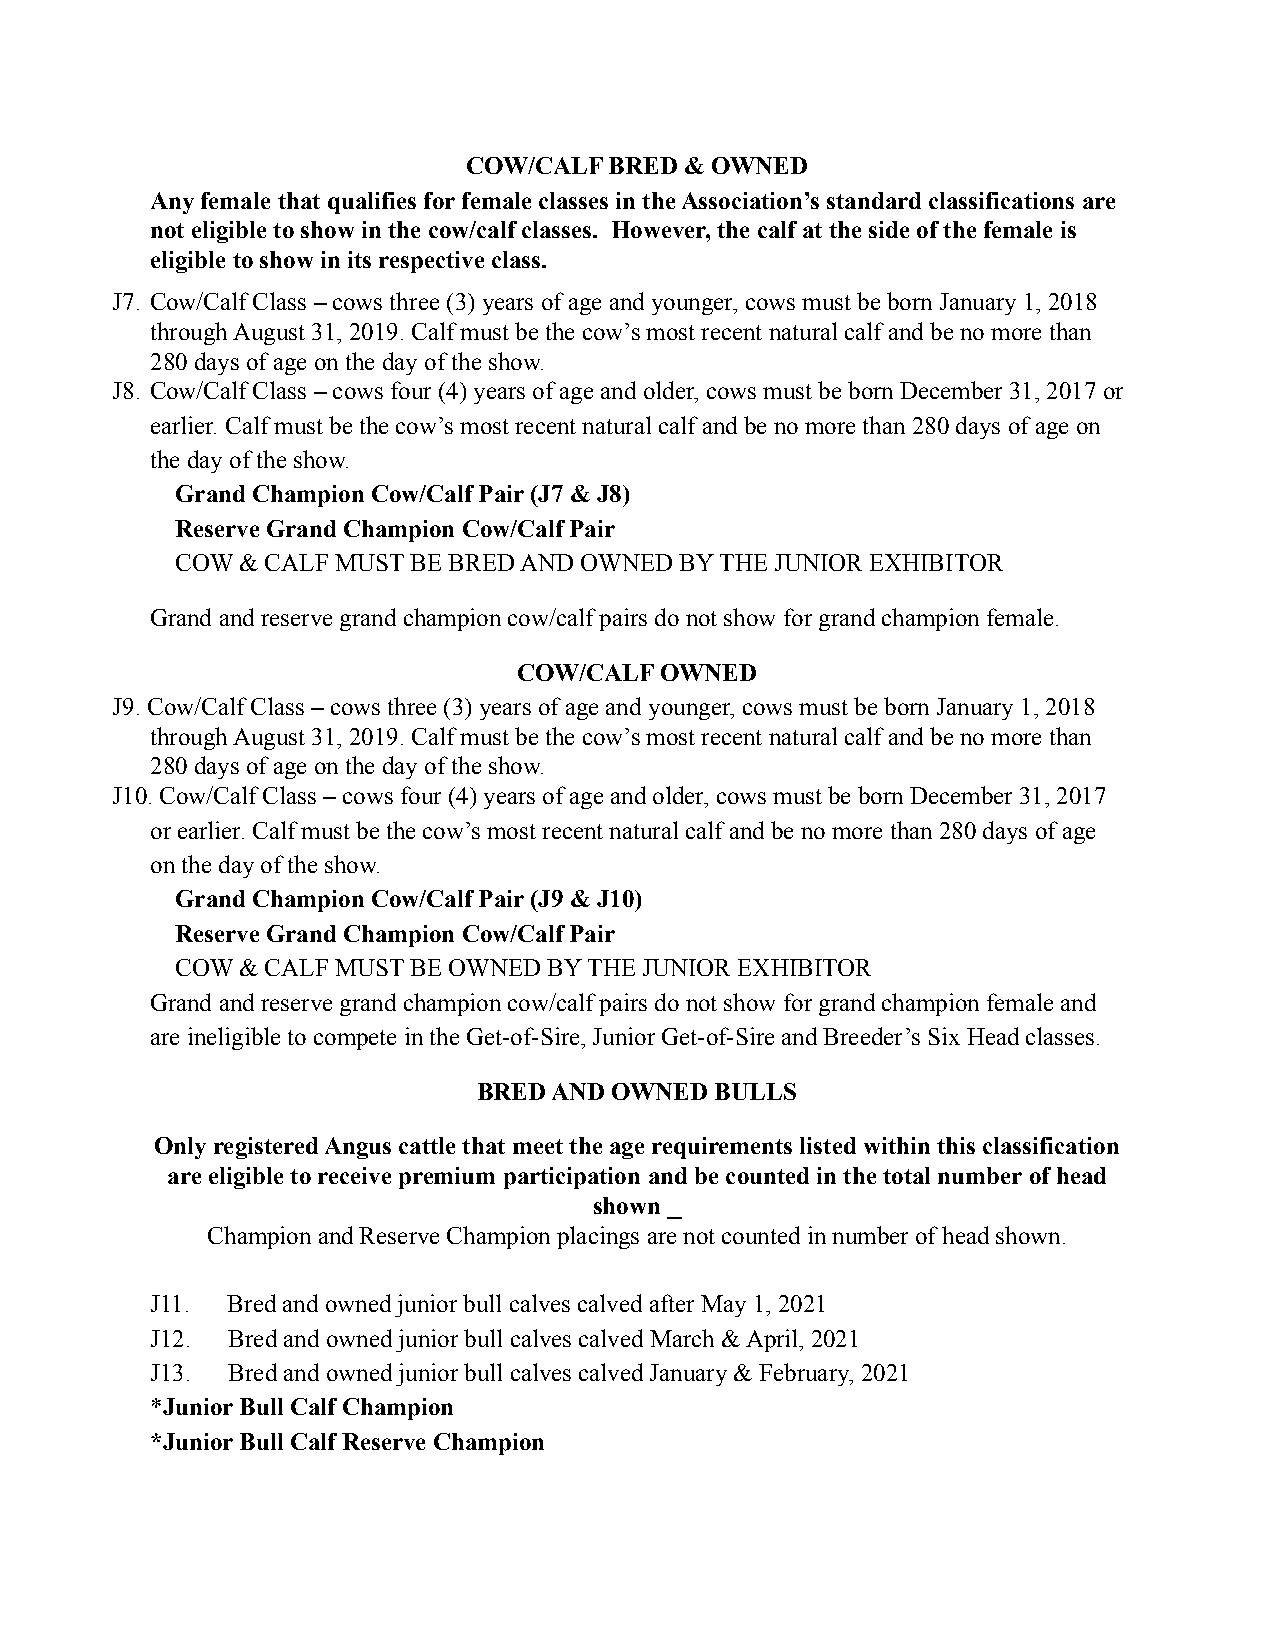
COW/CALF BRED & OWNED
 Any female that qualifies for female classes in the Association’s standard classifications are
 not eligible to show in the cow/calf classes. However, the calf at the side of the female is
 eligible to show in its respective class.
 J7. Cow/Calf Class – cows three (3) years of age and younger, cows must be born January 1, 2018
 through August 31, 2019. Calf must be the cow’s most recent natural calf and be no more than
 280 days of age on the day of the show.
 J8. Cow/Calf Class – cows four (4) years of age and older, cows must be born December 31, 2017 or
 earlier. Calf must be the cow’s most recent natural calf and be no more than 280 days of age on
 the day of the show.
 Grand Champion Cow/Calf Pair (J7 & J8)
 Reserve Grand Champion Cow/Calf Pair
 COW & CALF MUST BE BRED AND OWNED BY THE JUNIOR EXHIBITOR
 Grand and reserve grand champion cow/calf pairs do not show for grand champion female.
 COW/CALF  OWNED
 J9. Cow/Calf Class – cows three (3) years of age and younger, cows must be born January 1, 2018
 through August 31, 2019. Calf must be the cow’s most recent natural calf and be no more than
 280 days of age on the day of the show.
 J10. Cow/Calf Class – cows four (4) years of age and older, cows must be born December 31, 2017
 or earlier. Calf must be the cow’s most recent natural calf and be no more than 280 days of age
 on the day of the show.
 Grand Champion Cow/Calf Pair (J9 & J10)
 Reserve Grand Champion Cow/Calf Pair
 COW & CALF MUST BE OWNED BY THE JUNIOR EXHIBITOR
 Grand and reserve grand champion cow/calf pairs do not show for grand champion female and
 are ineligible to compete in the Get-of-Sire, Junior Get-of-Sire and Breeder’s Six Head classes.
 BRED AND OWNED BULLS
 Only registered Angus cattle that meet the age requirements listed within this classification
 are eligible to receive premium participation and be counted in the total number of head
 shown⎯
 Champion and Reserve Champion placings are not counted in number of head shown.
 J11. Bred and owned junior bull calves calved after May 1, 2021
 J12. Bred and owned junior bull calves calved March & April, 2021
 J13. Bred and owned junior bull calves calved January & February, 2021
 *Junior Bull Calf Champion
 *Junior Bull Calf Reserve Champion